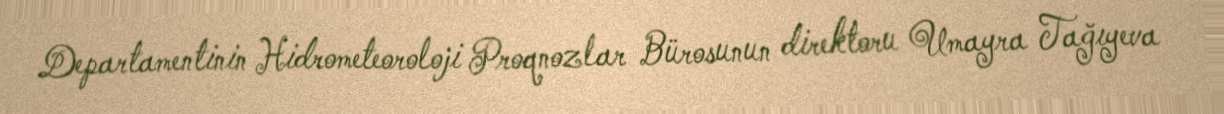
Departamentinin Hidrometeoroloji Proqnozlar Bürosunun direktoru Umayra Tağıyeva